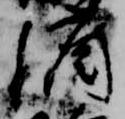
酒